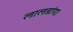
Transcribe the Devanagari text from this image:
लालडांग।